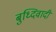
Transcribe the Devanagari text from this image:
बुध्दिवादी